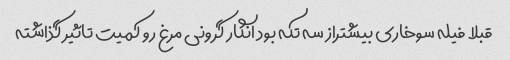
قبلا فیله سوخاری بیشتراز سه تکه بود انگار گرونی مرغ رو کمیت تاثیر گذاشته